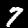
Label: 7